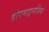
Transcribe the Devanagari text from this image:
डोपमाइनर्जिक